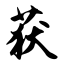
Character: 获